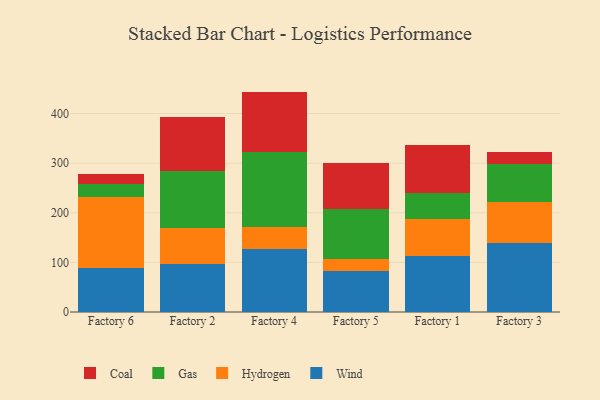
{"axis": {"x": "Factory", "y": "Active Users"}, "legend": ["Coal", "Gas", "Hydrogen", "Wind"], "data": [{"x": "Factory 6", "y": 88.6, "type": "Wind"}, {"x": "Factory 6", "y": 144.1, "type": "Hydrogen"}, {"x": "Factory 6", "y": 26.0, "type": "Gas"}, {"x": "Factory 6", "y": 18.9, "type": "Coal"}, {"x": "Factory 2", "y": 96.5, "type": "Wind"}, {"x": "Factory 2", "y": 72.4, "type": "Hydrogen"}, {"x": "Factory 2", "y": 114.9, "type": "Gas"}, {"x": "Factory 2", "y": 110.0, "type": "Coal"}, {"x": "Factory 4", "y": 127.6, "type": "Wind"}, {"x": "Factory 4", "y": 44.6, "type": "Hydrogen"}, {"x": "Factory 4", "y": 150.9, "type": "Gas"}, {"x": "Factory 4", "y": 121.1, "type": "Coal"}, {"x": "Factory 5", "y": 83.6, "type": "Wind"}, {"x": "Factory 5", "y": 23.4, "type": "Hydrogen"}, {"x": "Factory 5", "y": 100.0, "type": "Gas"}, {"x": "Factory 5", "y": 92.9, "type": "Coal"}, {"x": "Factory 1", "y": 112.4, "type": "Wind"}, {"x": "Factory 1", "y": 76.0, "type": "Hydrogen"}, {"x": "Factory 1", "y": 52.4, "type": "Gas"}, {"x": "Factory 1", "y": 95.7, "type": "Coal"}, {"x": "Factory 3", "y": 139.7, "type": "Wind"}, {"x": "Factory 3", "y": 82.3, "type": "Hydrogen"}, {"x": "Factory 3", "y": 75.9, "type": "Gas"}, {"x": "Factory 3", "y": 23.9, "type": "Coal"}]}